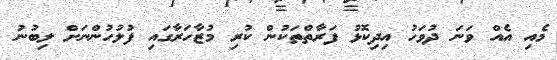
މެއި އެއް ވަނަ ދުވަހު އިދިކޮޅު ފަރާތްތަކުން ކުރި މުޒާހަރާގައި ފުލުހުންނަށް ލިބުނު